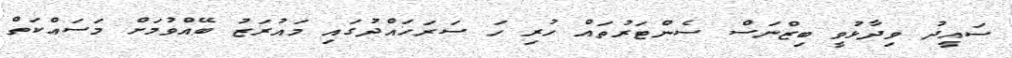
ސައީދު ވިދާޅުވީ ބިޒްނަސް ސެންޓަރުތައް ހުރި ހަ ސަރަހައްދުގައި މައުރަޒު ބޭއްވުމަށް މަސައްކަތް